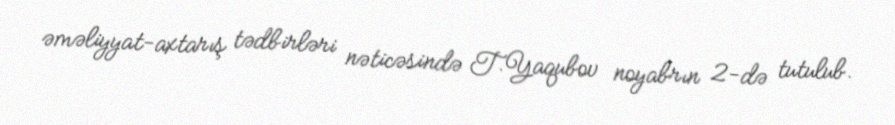
əməliyyat-axtarış tədbirləri nəticəsində T.Yaqubov noyabrın 2-də tutulub.